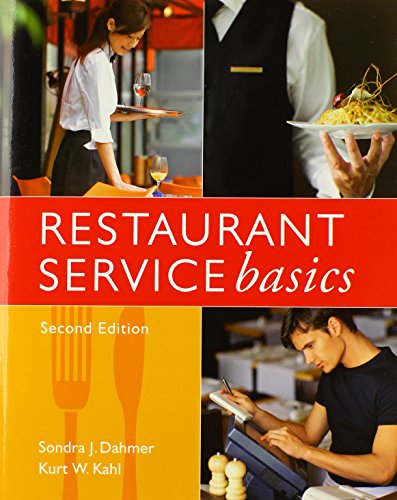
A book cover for Restaurant Service Basics; Sondra J. Dahmer; Travel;